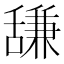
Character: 𫇗